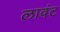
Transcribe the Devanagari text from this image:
लावंट